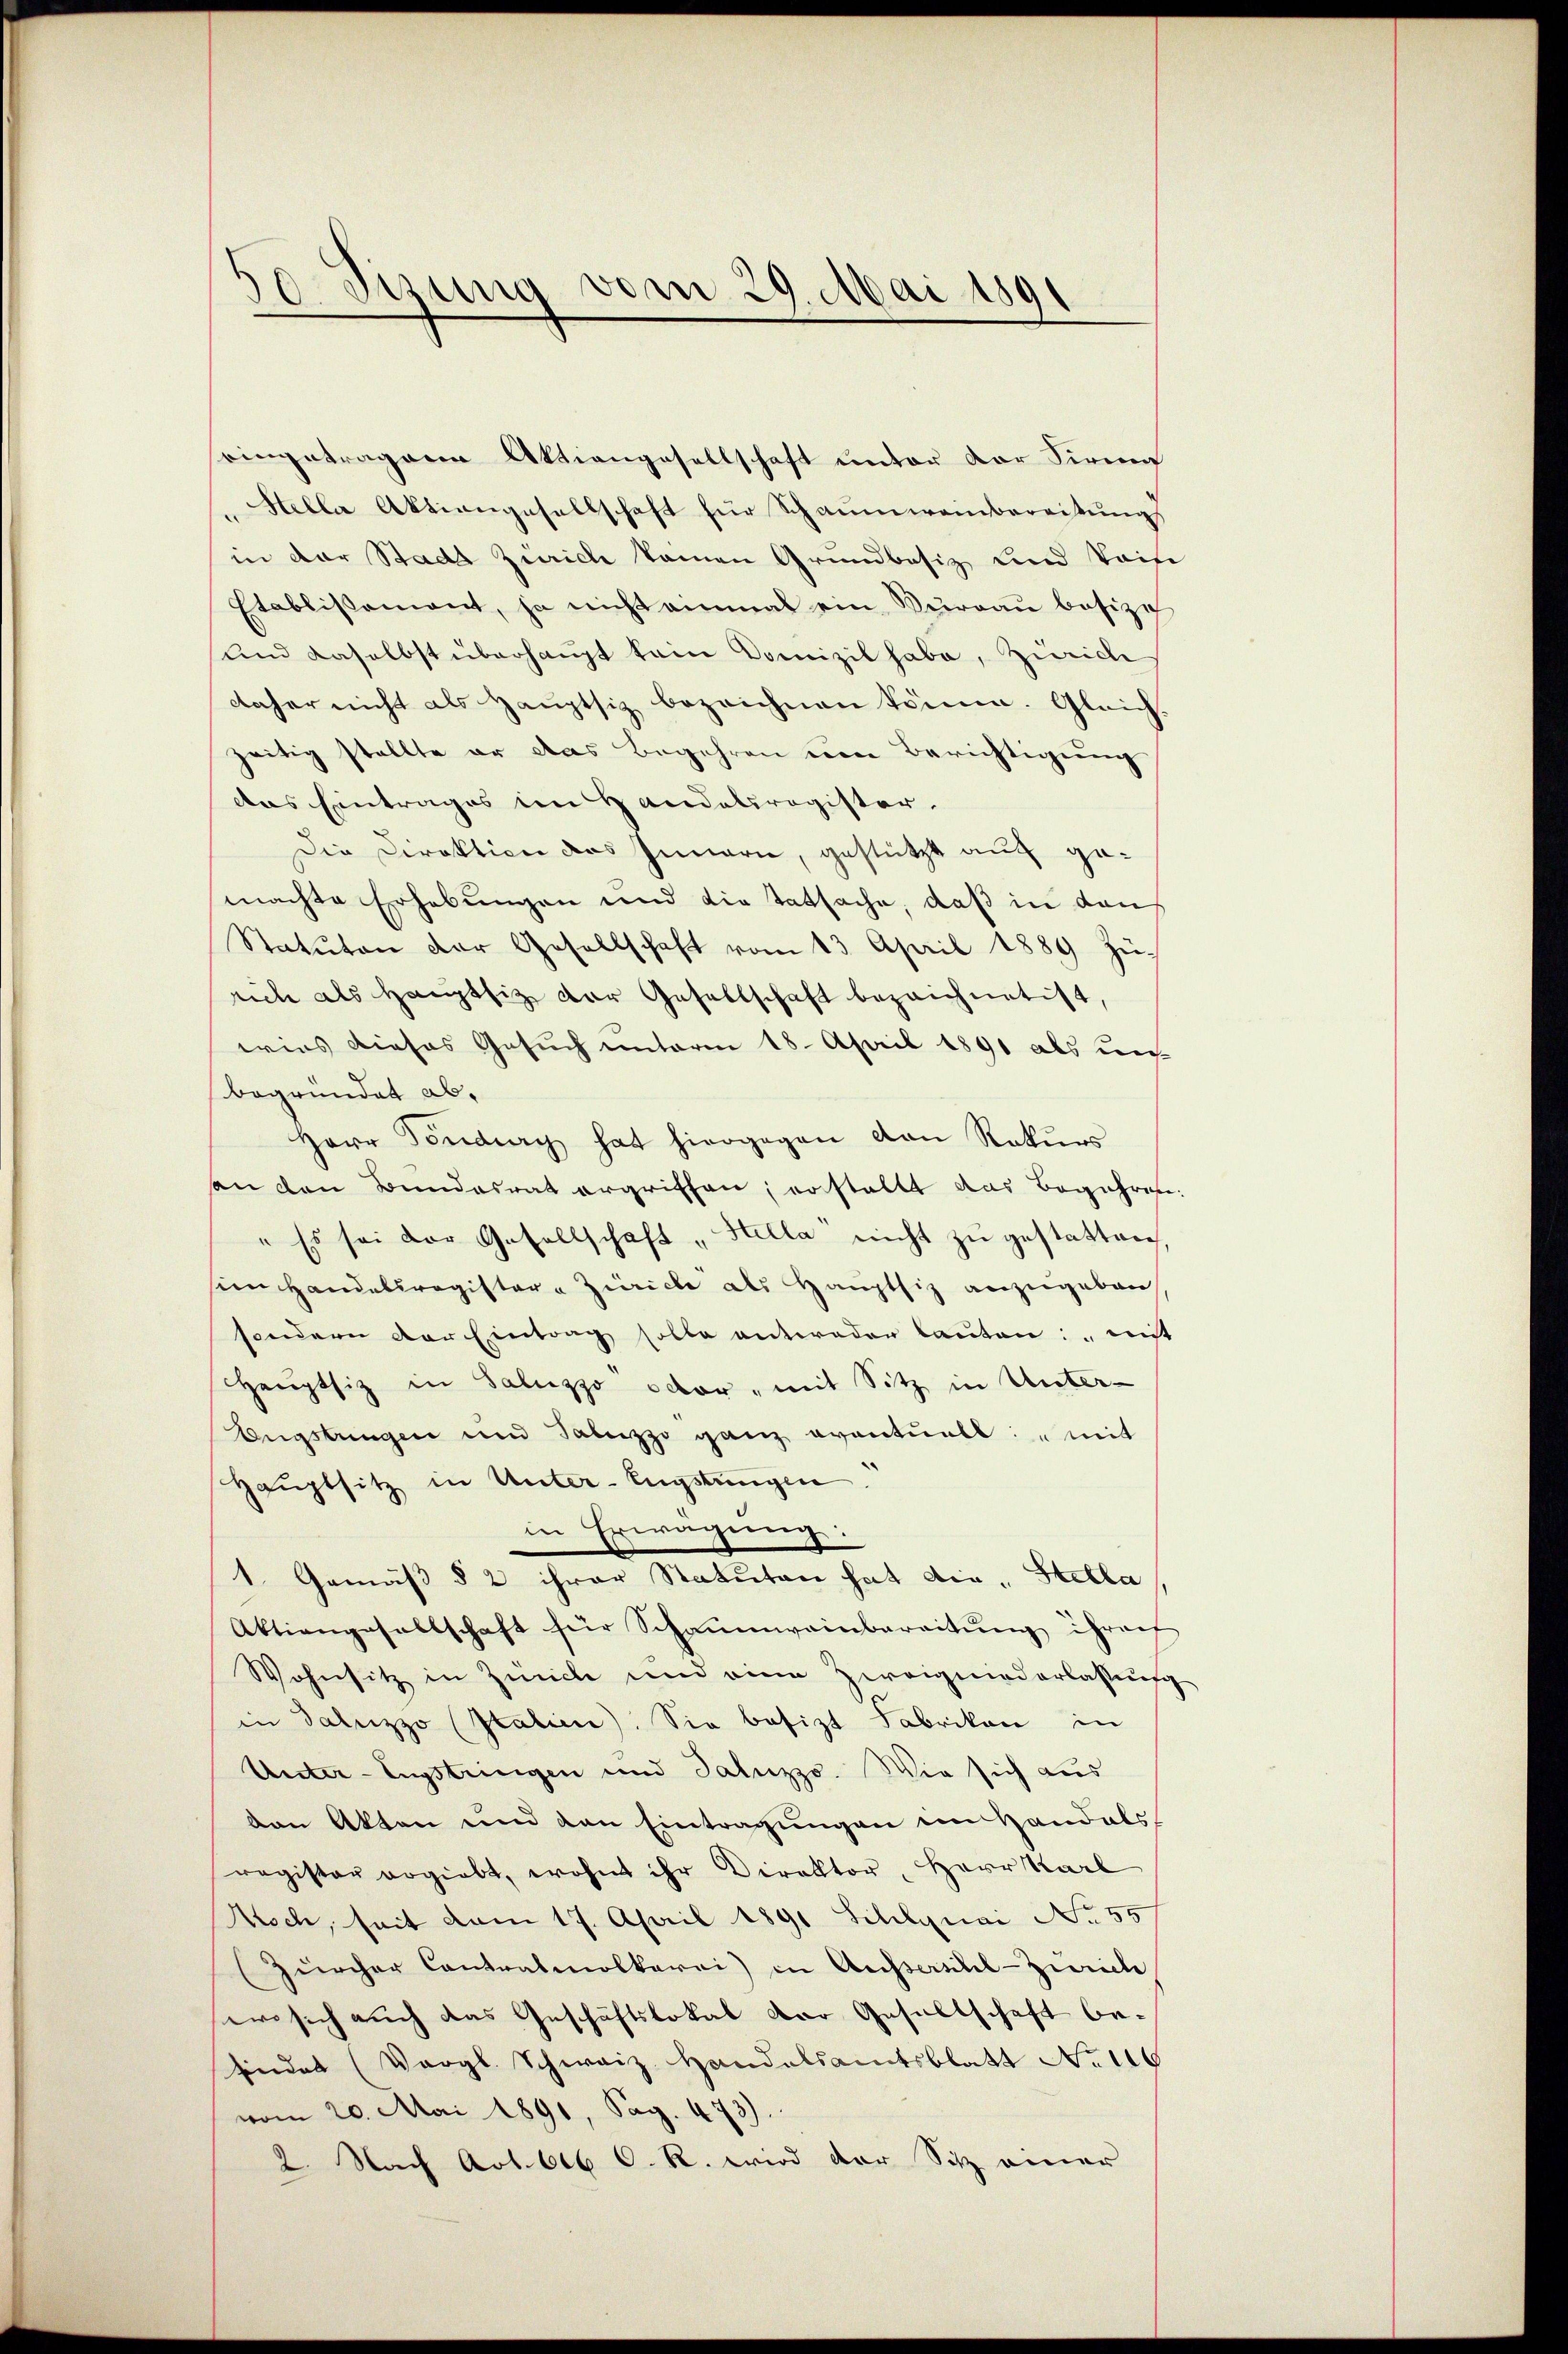
duung
am 29. Mai 1891
A

eingetragenen Aktiengesellschaft unter der Sirna
Helle Aktiengesellschaft für Schaumweinbereitungs
in der Stadt Zürich kamen Grundbesiz und Waise
Etablissement, ja nicht einmal ein Büreaŭ besize
und daselbst überhaupt kein Domizil habe, Zürich
daher nicht als Hauptsiz bezeichnen kömm. Gleich-
zeitig stellte er das Begehren um Berichtigung
das Eintrages im Handelsregister.
Die Direktion des Innern, gestützt auf gemachte Erhebungen und die Tatsache, daß in dan
Statuten der Gesellschaft vom 13. April 1889 Zü-
riche als Hauptsiz der Gesellschaft bezeichnet ist,
wies dieses Gesuch unterm 18. April 1891 als un-
begründet ab,
Herr Pendury hat hiergegen von Rekŭrs
an den Bundesrat ergriffen; er stellt das Begehren:
" Es sei der Gesellschaft "Hella nicht zu gestatten,
sien Handelsregister a Zürich als Hauptsiz anzugeben
sondern der Eintrag solle antweder lauten: "nict
Haŭptsiz in Saluzzo octor, mit Sitz in Unter-
Engstringen und Sabezzo ganz oventuell: „mit
Haŭptsitz in Unter-Engstungen.
in Erwägung:
1. Gemäß § 2 ihrer Statuten hat die „Stella
Aktiengesellschaft für Schaŭmweinbareitŭng ihrauf
Wohnsitz in Zürche und eine Zweigniederlassung
in Saluzzo (Italien). Sie besizt Fabrikon in
Unter-Engstringen und Taluzzo. Wie sich aus
van Akten und den Eintragungen ein Handals
register ergiebt, wohnt ihr Direktor, Herr Karl
Nisch, seit vom 17. April 1891 Schlguai Nr 55
Zürcher Contralmolkarei) in Aussersihl-Zürich
wo sich auch das Geschäftslokal der Gesellschaft be¬
Endes (Vergl. Schwaiz Handelsamtsblatt No 116
vom 20. Mai 1891, Pag. 473).
2. Nach Art. 616 O. R. wird der Sitz einer